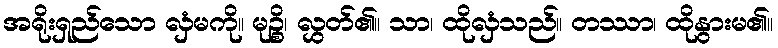
အရိုးရှည်သော လှံမကို။ မုဉ္စိ၊ လွှတ်၏။ သာ၊ ထိုလှံသည်။ တဿာ၊ ထိုနွားမ၏။